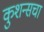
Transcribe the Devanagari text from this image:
कुशन्सचा